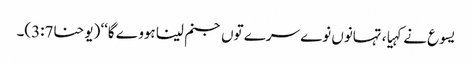
یسوع نے کہیا، تہانوں نوے سرے توں جنم لینا ہووے گا‘‘ (یوحنا3:7)۔